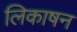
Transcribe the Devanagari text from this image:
लिकाषन